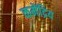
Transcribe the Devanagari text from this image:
कमेंद्रिय